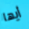
أيها